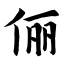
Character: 俪